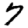
Digit: 7